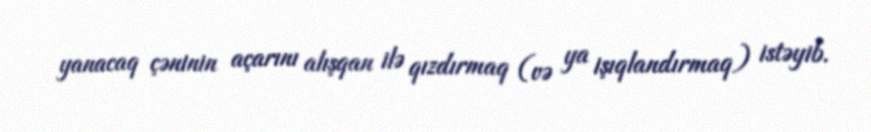
yanacaq çəninin açarını alışqan ilə qızdırmaq (və ya işıqlandırmaq) istəyib.